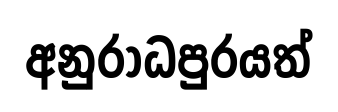
අනුරාධපුරයත්